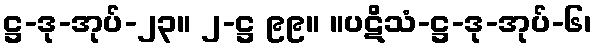
ဋ္ဌ-ဒု-အုပ်-၂၃။ ၂-ဋ္ဌ ၉၉။ ။ပဋိသံ-ဋ္ဌ-ဒု-အုပ်-၆၊